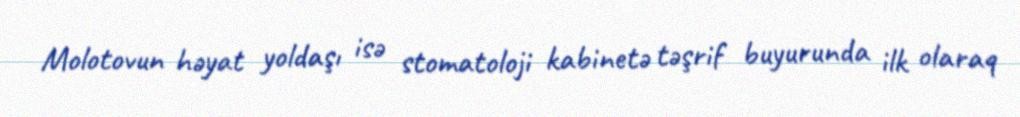
Molotovun həyat yoldaşı isə stomatoloji kabinetə təşrif buyurunda ilk olaraq